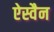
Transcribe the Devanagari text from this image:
ऐस्वैन